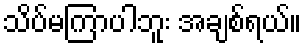
သိပ်မကြာပါဘူး အချစ်ရယ်။